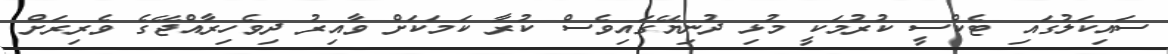
ސައިކަލުގައި ޓެކްސީ ކުރުމަކީ މުޅި ދުނިޔޭގައިވެސް ކުރާ ކަމަކަށް ވާއިރު ދިވެހިރާއްޖޭގެ ވެރިރަށް